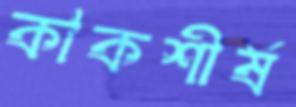
কাকশীর্ষ